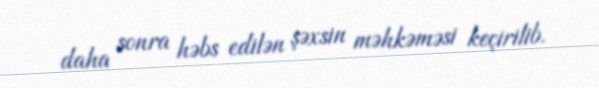
daha sonra həbs edilən şəxsin məhkəməsi keçirilib.